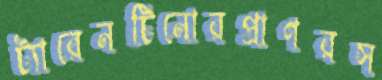
ট্যারেনটিনোরপ্রাণরস